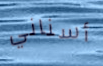
أسناني